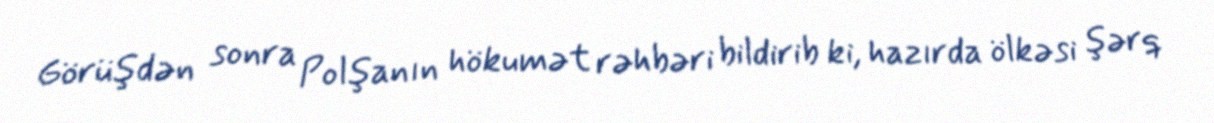
Görüşdən sonra Polşanın hökumət rəhbəri bildirib ki, hazırda ölkəsi şərq